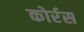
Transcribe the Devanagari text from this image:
कोर्रस